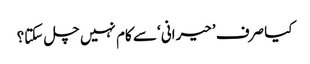
کیا صرف ’حیرانی‘ سے کام نہیں چل سکتا؟